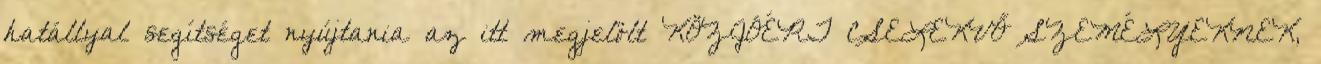
hatállyal segítséget nyújtania az itt megjelölt KÖZJÓÉRT CSELEKVŐ SZEMÉLYEKNEK,